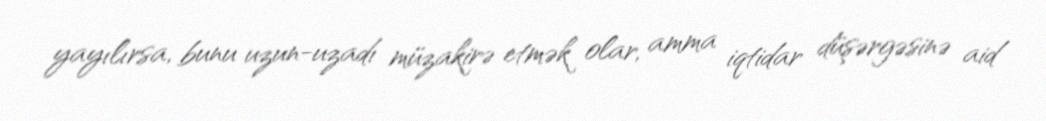
yayılırsa, bunu uzun-uzadı müzakirə etmək olar, amma iqtidar düşərgəsinə aid